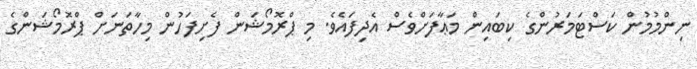
ނިންމުމުން ކަސްޓަމަރުންގެ ކިބައިން މަޢާފަށްވެސް އެދިފައެވެ. މި ޕްރޮމޯޝަން ފެށިފަހުން މިހާތަނަށް ޕްރޮމޯޝަންގެ